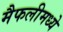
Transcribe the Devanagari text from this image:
मैफलीमध्ये